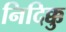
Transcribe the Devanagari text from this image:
निदिक्कु